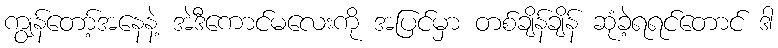
ကျွန်တော့်အနေနဲ့ အဲဒီကောင်မလေးကို အပြင်မှာ တစ်ချိန်ချိန် ဆုံခဲ့ရရင်တောင် ဒါ